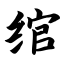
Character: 绾